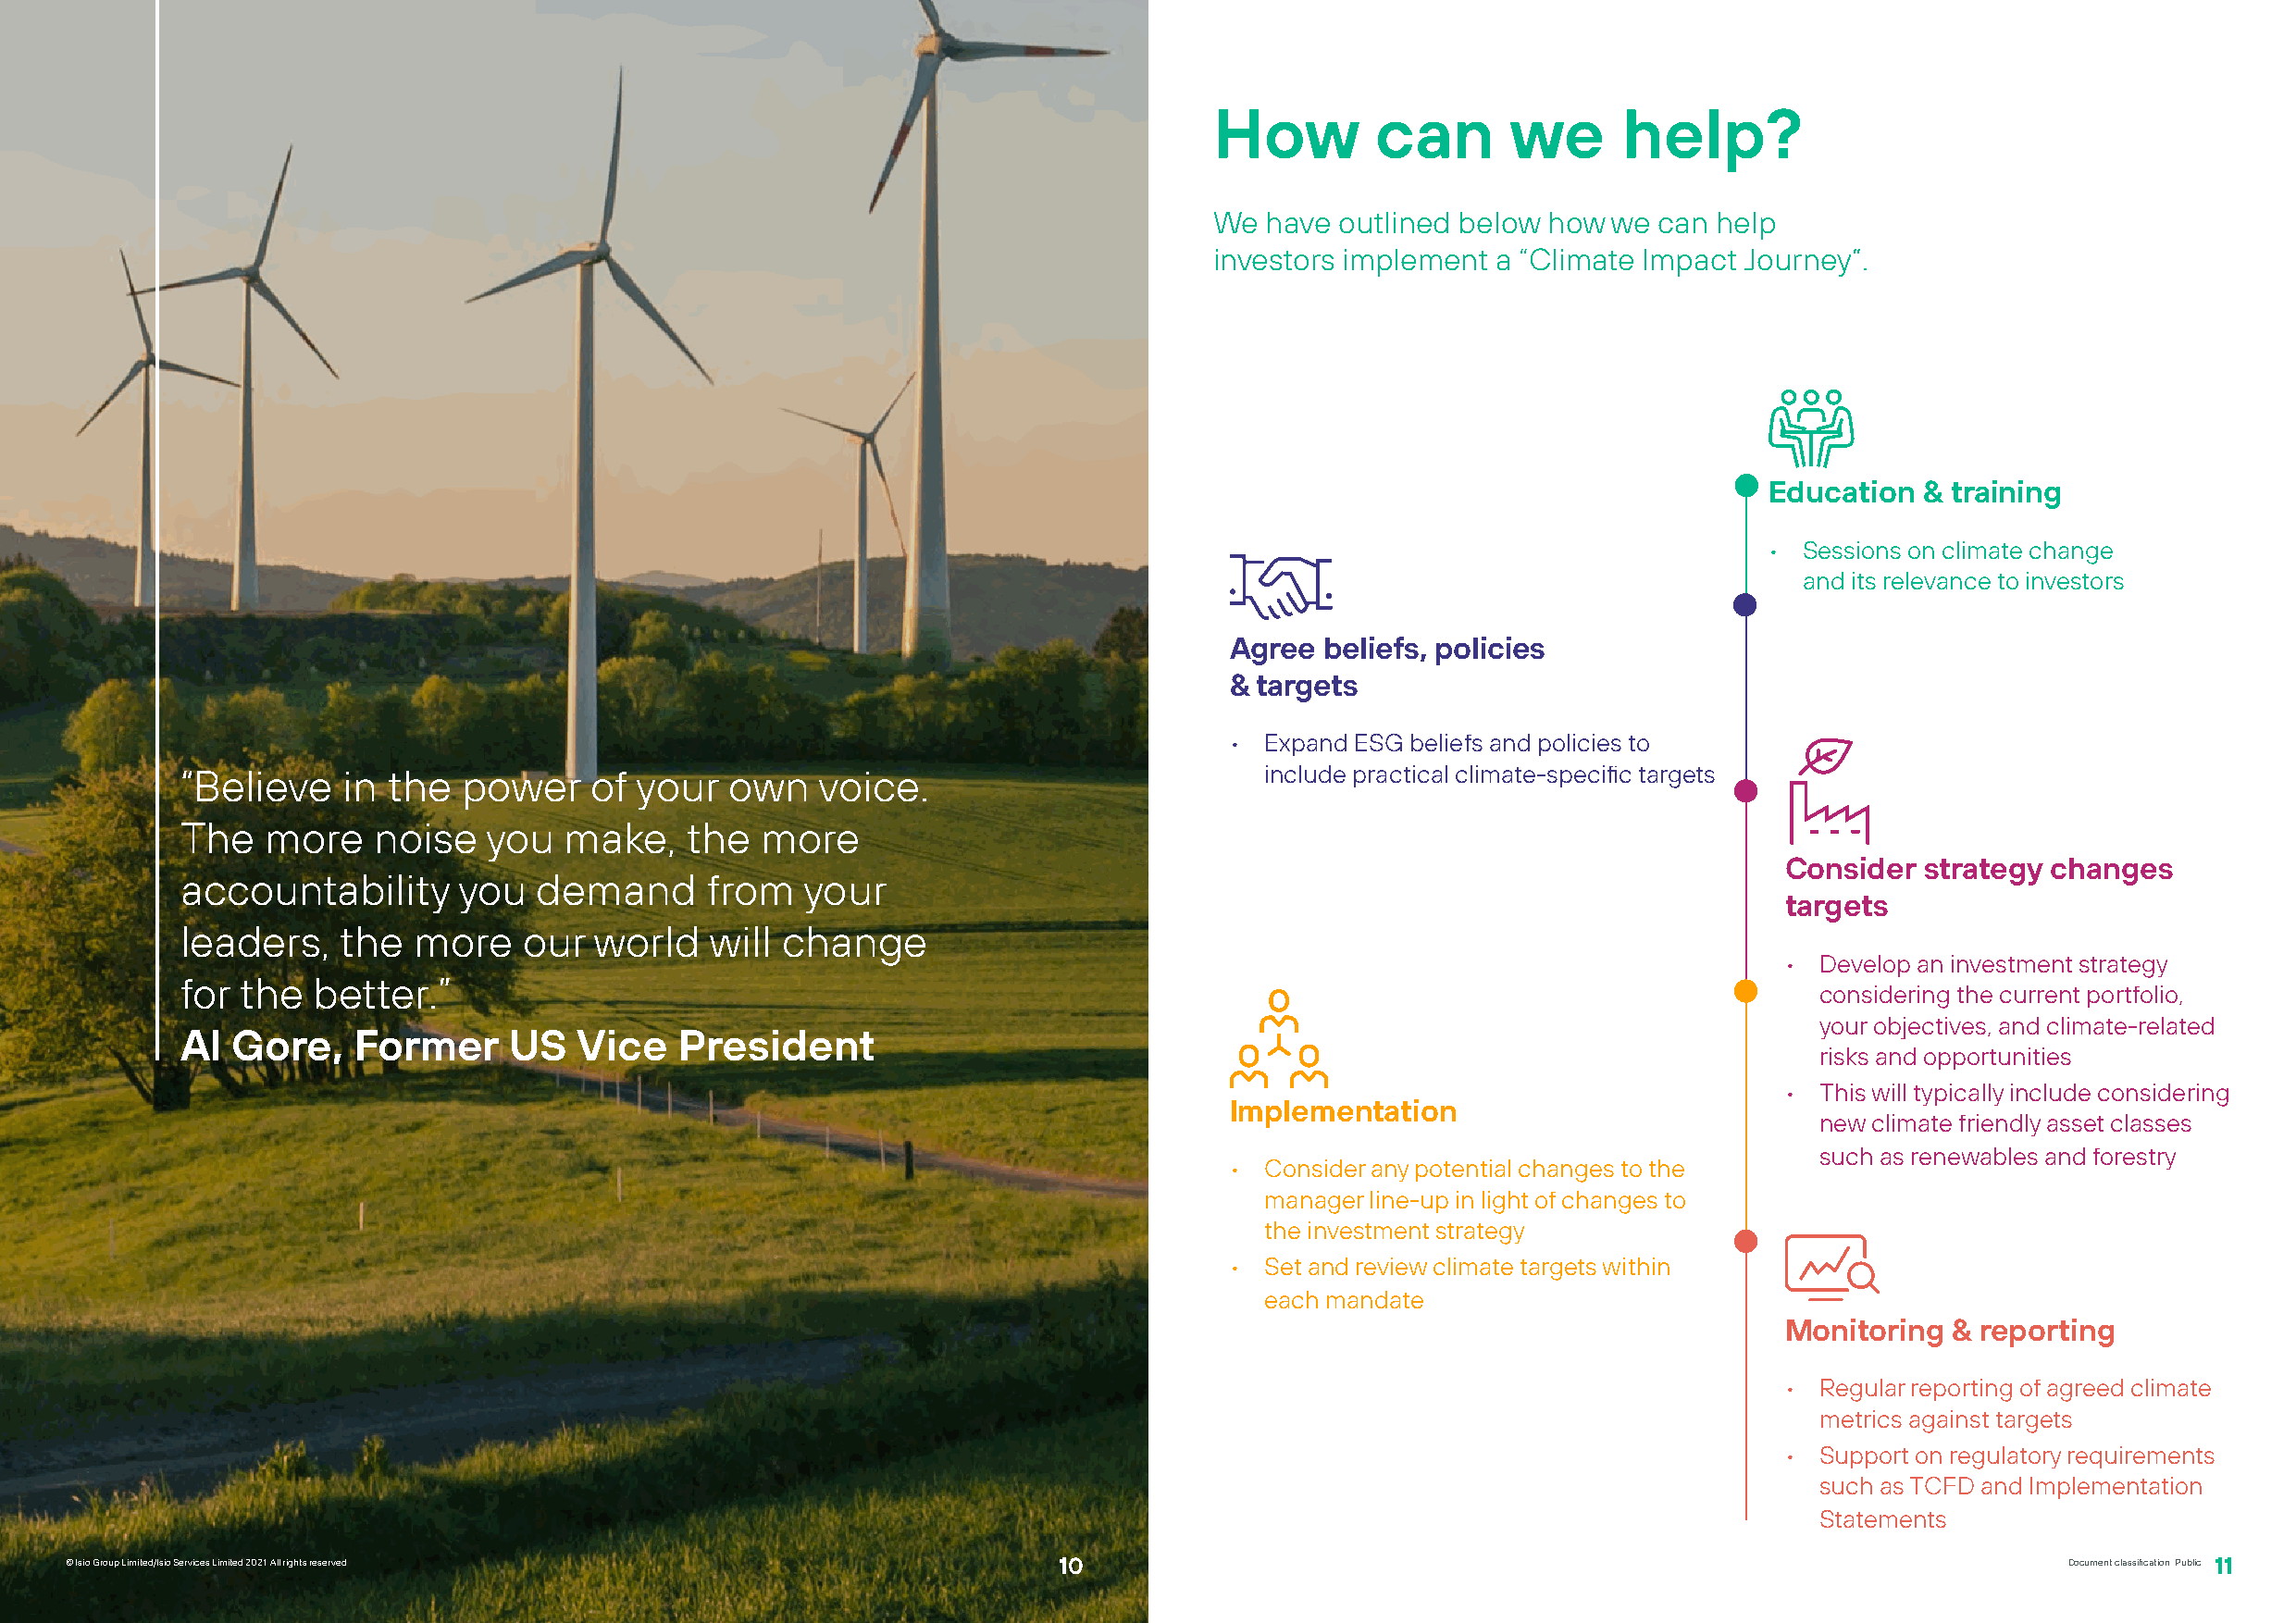
How        can       we      help?
 We  have outlined below how we  can help
 investors implement a “Climate Impact Journey”.
 Education   & training
 •  Sessions on climate change
 and its relevance to investors
 Agree  beliefs, policies
 & targets
 • Expand ESG beliefs and policies to
 “Believe    in the  power    of  your  own    voice.                         include practical climate-specific targets
 The   more    noise   you  make,    the  more
 Consider  strategy changes
 accountability      you  demand       from  your
 targets
 leaders,   the   more   our  world    will change
 • Develop an investment strategy
 for the  better.”
 considering the current portfolio,
 your objectives, and climate-related
 Al  Gore,   Former     US   Vice    President
 risks and opportunities
 • This will typically include considering
 Implementation
 new climate friendly asset classes
 such as renewables and forestry
 • Consider any potential changes to the
 manager line-up in light of changes to
 the investment strategy
 • Set and review climate targets within
 each mandate
 Monitoring  & reporting
 • Regular reporting of agreed climate
 metrics against targets
 • Support on regulatory requirements
 such as TCFD and Implementation
 Statements
 ©© IIssiioo GGrroouupp LLiimmiitteedd//IIssiioo SSeerrvviicceess LLiimmiitteedd 22002211.. AAllll rriigghhttss rreesseerrvveedd 1100           Document classification: Public 11